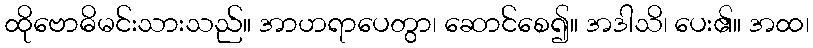
ထိုဗောဓိမင်းသားသည်။ အာဟရာပေတွာ၊ ဆောင်စေ၍။ အဒါသိ၊ ပေး၏။ အထ၊